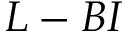
L - B I